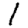
Digit: 1